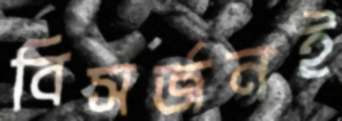
বিসর্জনই